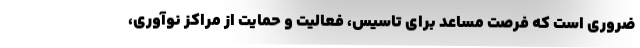
ضروری است که فرصت مساعد برای تاسیس، فعالیت و حمایت از مراکز نوآوری،